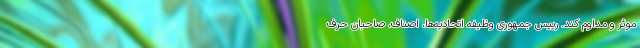
موثر و مداوم کند. رییس جمهوری وظیفه اتحادیه‌ها، اصناف، صاحبان حِرَف